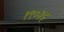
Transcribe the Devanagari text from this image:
१९०३इ